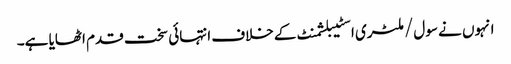
انہوں نے سول/ملٹری اسٹیبلشمنٹ کے خلاف انتہائی سخت قدم اٹھایا ہے۔